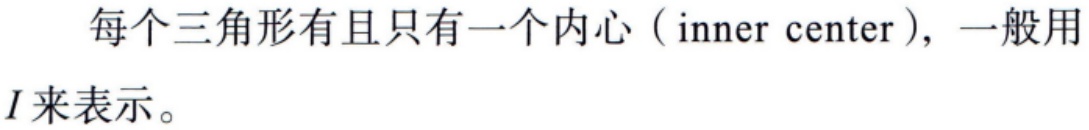
每个三角形有且只有一个内心（inner center），一般用\(I\)来表示。